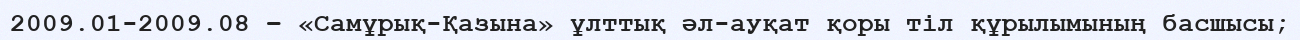
2009.01-2009.08 – «Самұрық-Қазына» ұлттық әл-ауқат қоры тіл құрылымының басшысы;